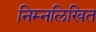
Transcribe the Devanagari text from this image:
निम्‍नलिखित